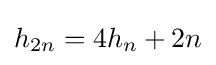
h_{2n}=4h_{n}+2n